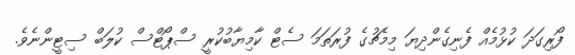
ފޯރިގަދަ ކުޅުމެއް ފެނިގެންދިޔަ މިމެޗުގެ ފުރަތަމަ ސެޓް ކާމިޔާބުކުރީ ސްޕޯޓްސް ކުލަބް ސިޓީންނެވެ.